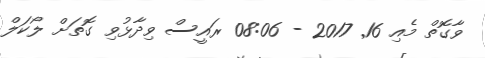
ވާގޮތް މެއި 16